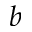
b